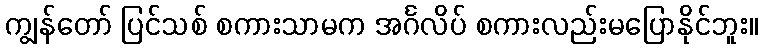
ကျွန်တော် ပြင်သစ် စကားသာမက အင်္ဂလိပ် စကားလည်းမပြောနိုင်ဘူး။